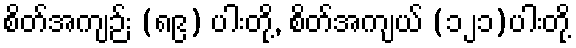
စိတ်အကျဉ်း (၈၉) ပါးတို့, စိတ်အကျယ် (၁၂၁)ပါးတို့